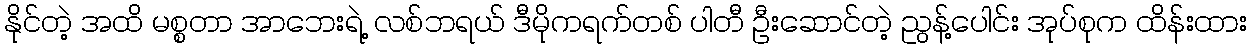
နိုင်တဲ့ အထိ မစ္စတာ အာဘေးရဲ့ လစ်ဘရယ် ဒီမိုကရက်တစ် ပါတီ ဦးဆောင်တဲ့ ညွန့်ပေါင်း အုပ်စုက ထိန်းထား